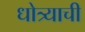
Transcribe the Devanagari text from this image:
धोत्र्याची